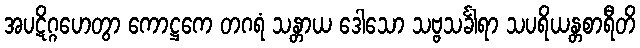
အပဋိဂ္ဂဟေတွာ ကောဋ္ဌကေ တဂရံ သန္တာယ ဒေါသော သဗ္ဗသင်္ခါရာ သပရိယန္တစာရီတိ